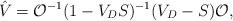
LaTeX: \begin{align*}\hat V ={\cal O}^{-1}(1-V_DS)^{-1}(V_D-S){\cal O},\end{align*}